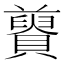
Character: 𧸋